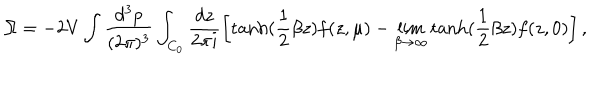
LaTeX: \Omega = - 2 V \int \frac { d ^ { 3 } p } { ( 2 \pi ) ^ { 3 } } \int _ { C _ { 0 } } \frac { d z } { 2 \pi i } \left[ \mathrm { t a n h } ( \frac 1 2 \beta z ) f ( z , \mu ) - \lim _ { \beta \rightarrow \infty } \mathrm { t a n h } ( \frac 1 2 \beta z ) f ( z , 0 ) \right] ,